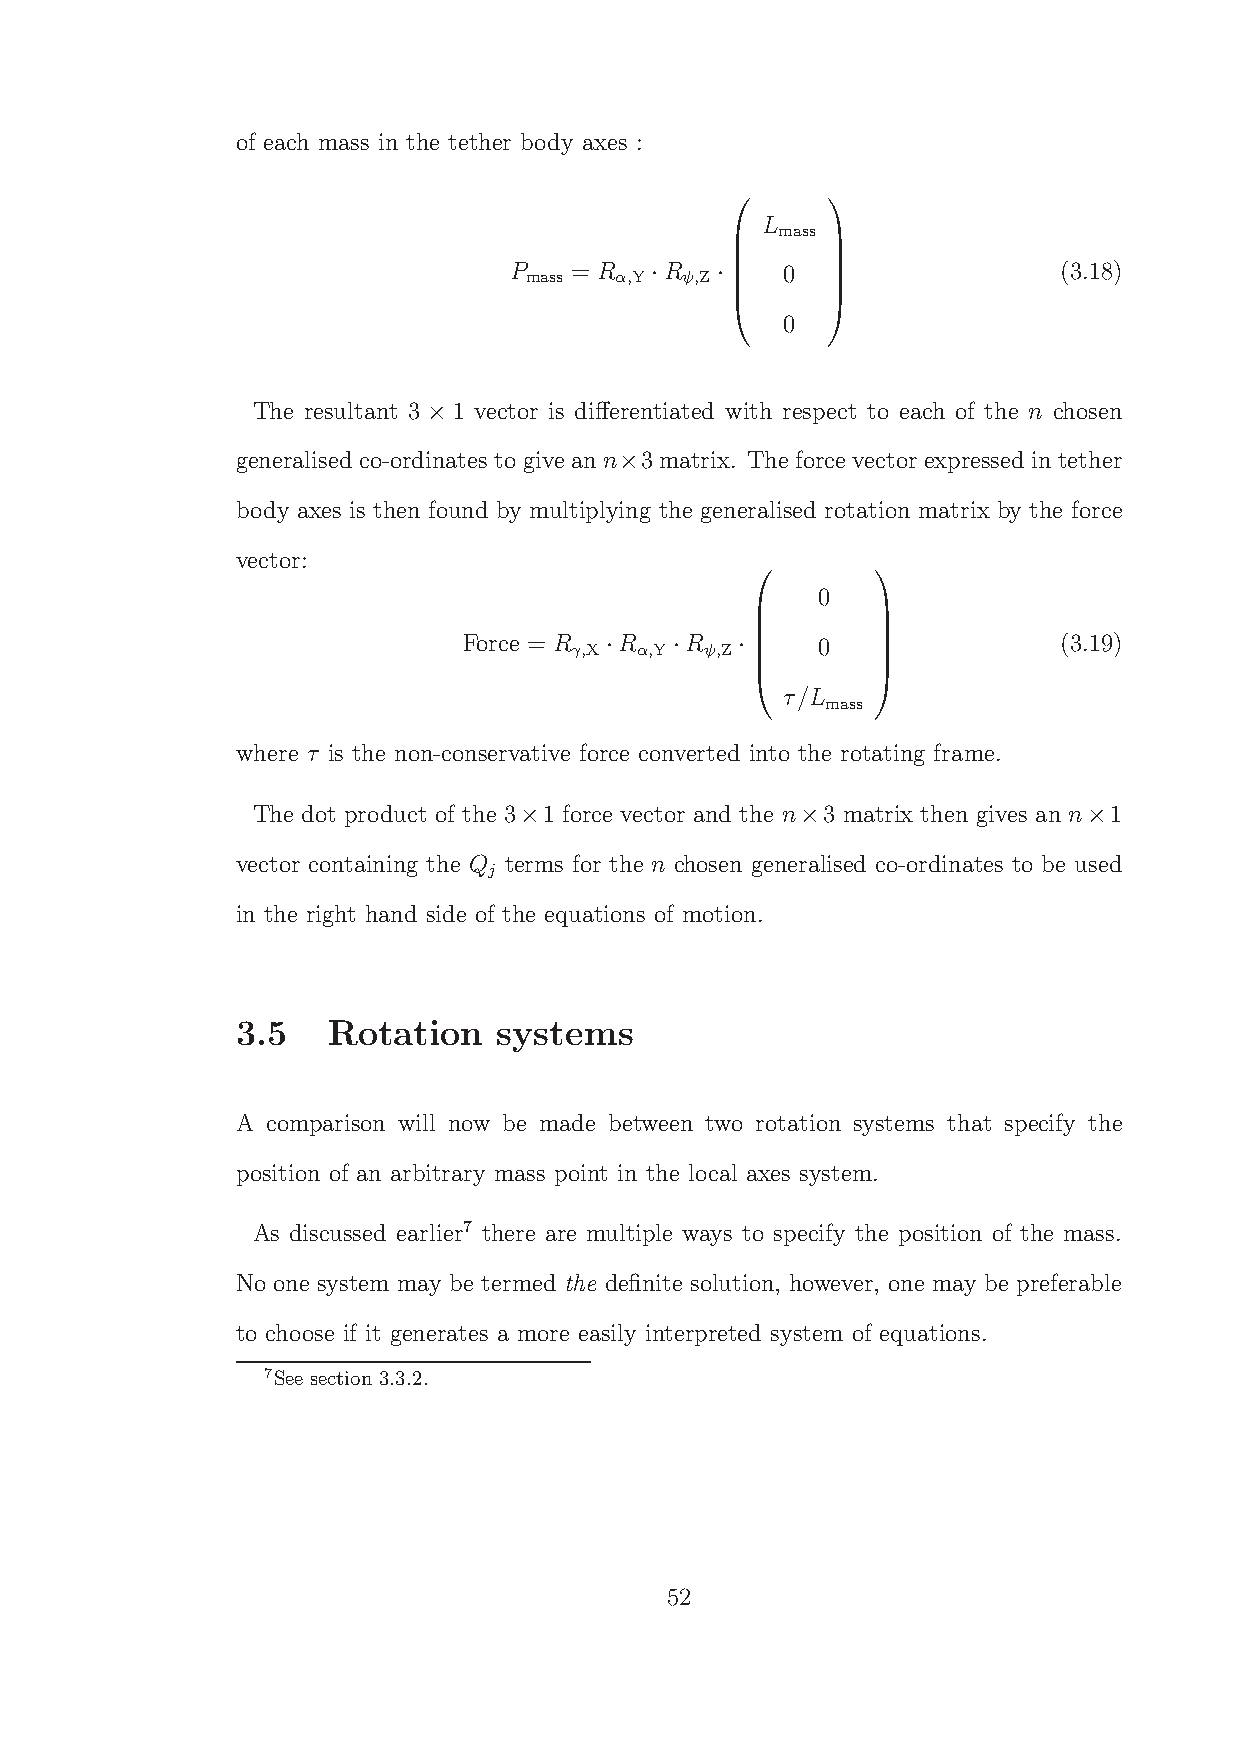
of each mass in the tether body axes :
 L
 mass
       
 P mass = R α,Y R ψ,Z 0              (3.18)
 ·   ·
       
       
 0
       
       
       
 The resultant 3 1 vector is differentiated with respect to each of the n chosen
 ×
 generalised co-ordinates to give ann 3 matrix. The force vector expressed intether
 ×
 body axes is then found by multiplying the generalised rotation matrix by the force
 vector:
 0
        
 Force = R γ,X R α,Y R ψ,Z 0            (3.19)
 ·    ·   ·
        
        
 τ/L
     mass 
        
        
 where τ is the non-conservative force converted into the rotating frame.
 The dot product of the 3 1 force vector and the n 3 matrix then gives an n 1
 ×                  ×                  ×
 vector containing the Q terms for the n chosen generalised co-ordinates to be used
 j
 in the right hand side of the equations of motion.
 3.5   Rotation   systems
 A comparison will now be made between two rotation systems that specify the
 position of an arbitrary mass point in the local axes system.
 As discussed earlier7 there are multiple ways to specify the position of the mass.
 No one system may be termed the definite solution, however, one may be preferable
 to choose if it generates a more easily interpreted system of equations.
 7See section 3.3.2.
 52